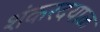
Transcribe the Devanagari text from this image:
शंकरदयाळ